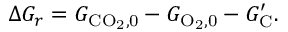
\Delta G _ { r } = G _ { \mathrm { C O _ { 2 } , 0 } } - G _ { \mathrm { O _ { 2 } , 0 } } - G _ { \mathrm { C } } ^ { \prime } .